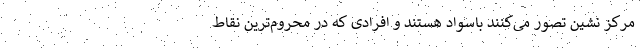
مرکز نشین تصور می‌کنند باسواد هستند و افرادی که در محروم‌ترین نقاط